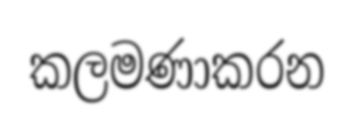
කලමණාකරන